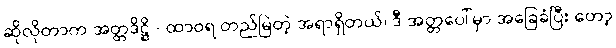
ဆိုလိုတာက အတ္တဒိဋ္ဌိ - ထာဝရ တည်မြဲတဲ့ အရာရှိတယ်၊ ဒီ အတ္တပေါ်မှာ အခြေခံပြီး တော့